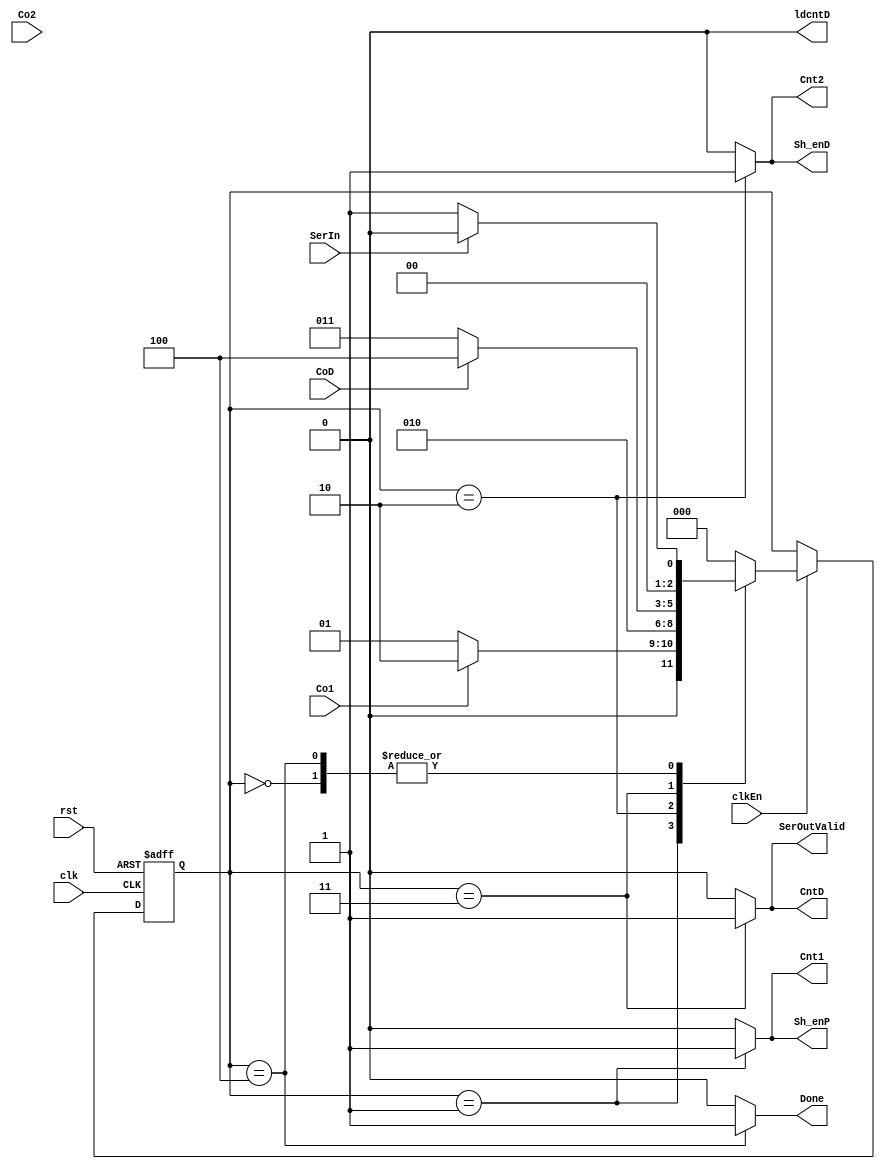
module Controller(input clk, clkEn, rst, SerIn, Co1, Co2, CoD, 
			output reg Cnt1, Cnt2, CntD, ldcntD, Sh_enP, Sh_enD, SerOutValid, Done);
	parameter Idle = 3'b000, get_port = 3'b001, get_DataNum = 3'b010,
		 transmit_Data = 3'b011, Done_transmit = 3'b100;
	reg [2:0] ps, ns;
	always @(posedge clk, posedge rst)begin
		if (rst)
			ps <= Idle;
		else if (clkEn)
			ps <= ns;
	end
	
	always @(ps, SerIn, Co1, Co2, CoD)begin
		case(ps)
		Idle: ns = SerIn ? Idle : get_port;
		get_port: ns = Co1 ? get_DataNum : get_port;
		get_DataNum: ns = Co2 ? transmit_Data : get_DataNum;
		transmit_Data: ns = CoD ? Done_transmit : transmit_Data;
		Done_transmit: ns = SerIn ? Idle : get_port;
		default ns = Idle;
		endcase
	end

	always @(ps)begin
		{Cnt1, Cnt2, CntD, ldcntD, Sh_enP, Sh_enD, SerOutValid, Done} = 8'b0000_0000;
		case(ps)
		Idle: ;
		get_port: {Cnt1,Sh_enP} = 2'b11 ;
		get_DataNum: {Cnt2,Sh_enD} = 2'b11;
		transmit_Data: {CntD,SerOutValid} = 2'b11;
		Done_transmit: Done = 1'b1;
		endcase
	end
	assign ldcntD = Co2;
endmodule